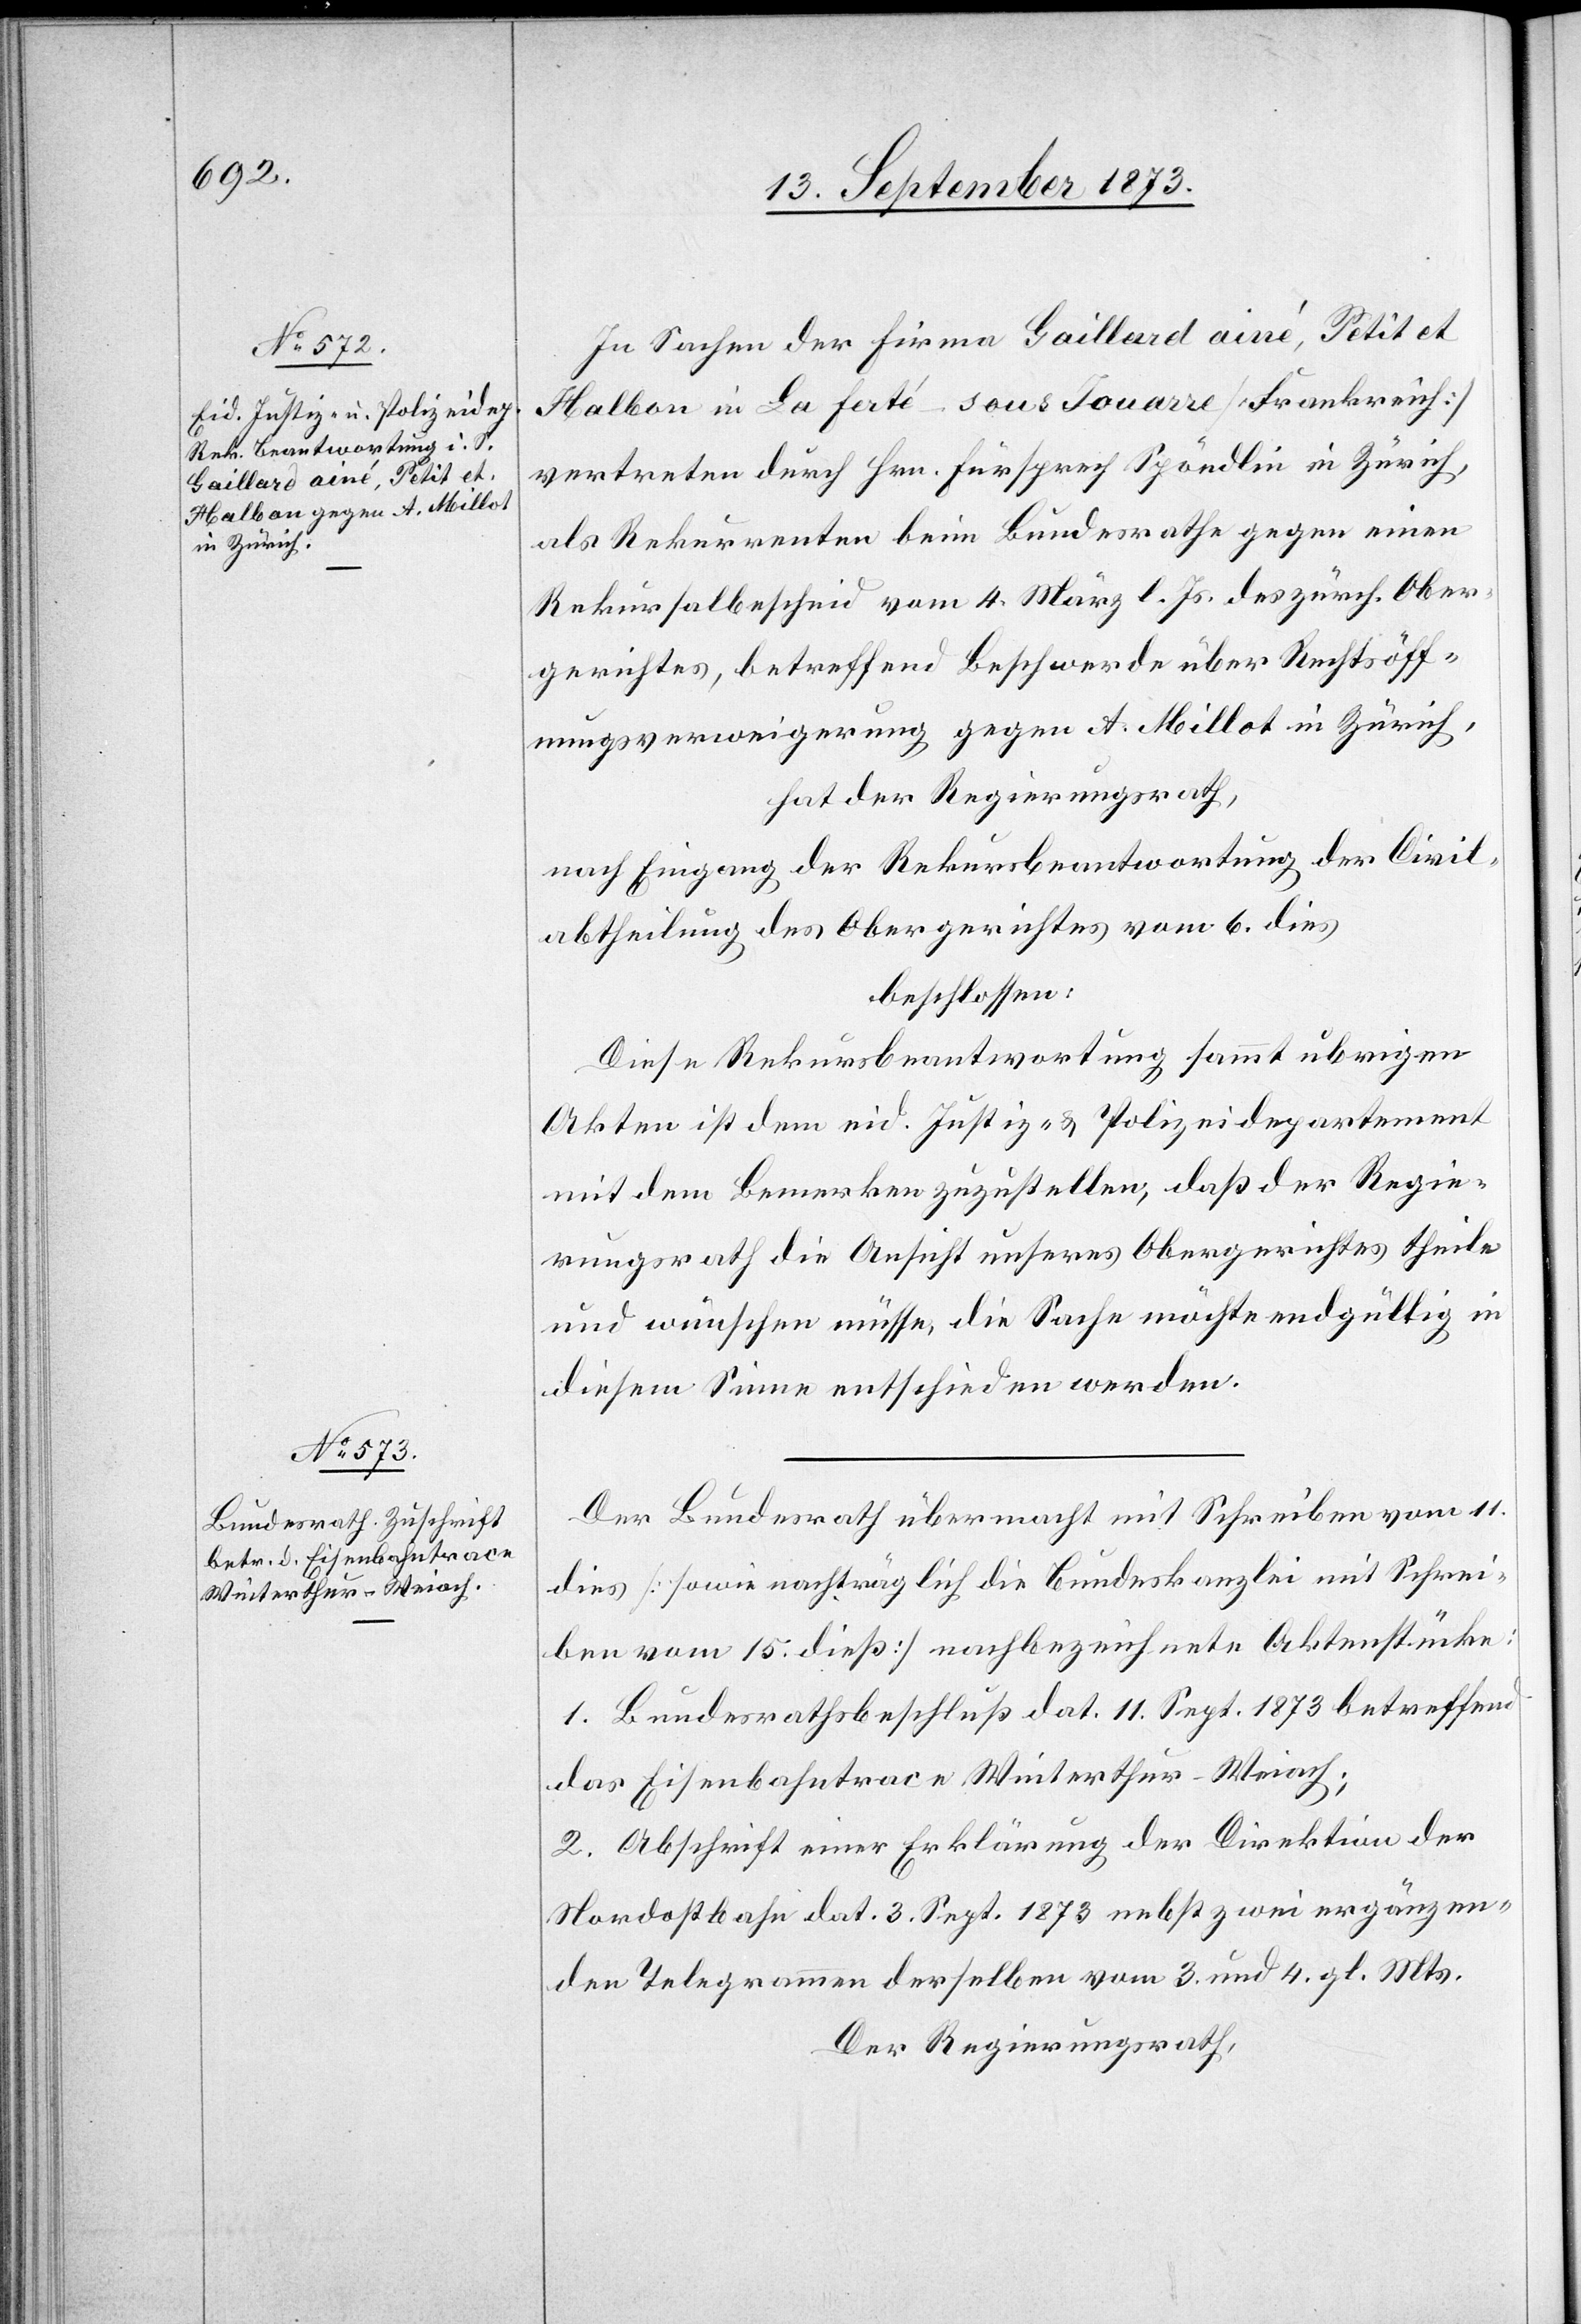
In Sachen der Firma Gaillard ainé, Petit et
Halbon in La Ferté-sous Jouarre [Frankreich]
vertreten durch Hrn. Fürsprech Spöndlin in Zürich,
als Rekurrenten beim Bundesrathe gegen einen
Rekursalbescheid vom 4. März l. Js. des zürch. Ober¬
gerichtes, betreffend Beschwerde über Rechtsöff¬
nungsverweigerung gegen A. Millot in Zürich,
hat der Regierungsrath,
nach Eingang der Rekursbeantwortung der Civil¬
abtheilung des Obergerichtes vom 6. dies
beschlossen:
Diese Rekursbeantwortung sammt ubrigen
Akten ist dem eid. Justiz- & Polizeidirektion
mit dem Bemerken zuzustellen, daß der Regie¬
rungsrath die Ansicht unseres Obergerichtes theile
und wünschen müsse, die Sache möchte endgültig in
diesem Sinne entschieden werden.
Der Bundesrath übermacht mit Schreiben vom 11.
dies [sowie nachträglich die Bundeskanzlei mit Schrei¬
ben vom 15. dieß] nachbezeichnete Aktenstücke:
1. Bundesrathsbeschluß dat. 11. Sept. 1873 betreffend
das Eisenbahntrace Winterthur–Weiach;
2. Abschrift einer Erklärung der Direktion der
Nordostbahn dat. 3. Sept. 1873 nebst zwei ergänzen¬
den Telegrammen derselben vom 3. und 4. gl. Mts.
Der Regierungsrath,